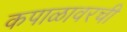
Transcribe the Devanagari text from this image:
कपाळावरची